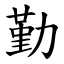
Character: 勤